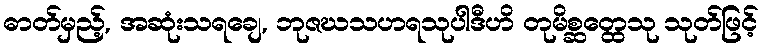
ဓာတ်မှည့်, အဆုံးသရချေ, ဘုဇဃသဟရသုပါဒီဟိ တုမိစ္ဆတ္ထေသု သုတ်ဖြင့်